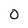
Character: 0